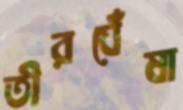
তীরঘেঁষা